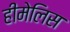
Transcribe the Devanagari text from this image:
हीमेलिस